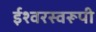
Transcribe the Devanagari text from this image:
ईश्वरस्वरूपी